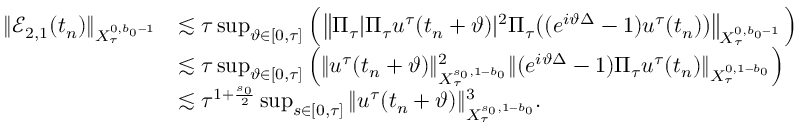
\begin{array} { r l } { \Vert \mathcal { E } _ { 2 , 1 } ( t _ { n } ) \Vert _ { X _ { \tau } ^ { 0 , b _ { 0 } - 1 } } } & { \lesssim \tau \operatorname* { s u p } _ { \vartheta \in [ 0 , \tau ] } \Big ( \left\Vert \Pi _ { \tau } | \Pi _ { \tau } u ^ { \tau } ( t _ { n } + \vartheta ) | ^ { 2 } \Pi _ { \tau } \big ( ( e ^ { i \vartheta \Delta } - 1 ) u ^ { \tau } ( t _ { n } ) \big ) \right\Vert _ { X _ { \tau } ^ { 0 , b _ { 0 } - 1 } } \Big ) } \\ & { \lesssim \tau \operatorname* { s u p } _ { \vartheta \in [ 0 , \tau ] } \Big ( \Vert u ^ { \tau } ( t _ { n } + \vartheta ) \Vert _ { X _ { \tau } ^ { s _ { 0 } , 1 - b _ { 0 } } } ^ { 2 } \Vert ( e ^ { i \vartheta \Delta } - 1 ) \Pi _ { \tau } u ^ { \tau } ( t _ { n } ) \Vert _ { X _ { \tau } ^ { 0 , 1 - b _ { 0 } } } \Big ) } \\ & { \lesssim \tau ^ { 1 + \frac { s _ { 0 } } { 2 } } \operatorname* { s u p } _ { s \in [ 0 , \tau ] } \Vert u ^ { \tau } ( t _ { n } + \vartheta ) \Vert _ { X _ { \tau } ^ { s _ { 0 } , 1 - b _ { 0 } } } ^ { 3 } . } \end{array}